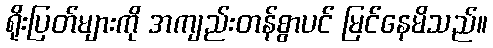
ရိုးပြတ်များကို အကျည်းတန်စွာပင် မြင်နေမိသည်။